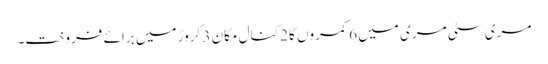
مری سٹی مری میں 6 کمروں کا 2 کنال مکان 3 کروڑ میں برائے فروخت۔